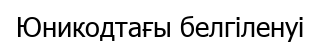
Юникодтағы белгіленуі